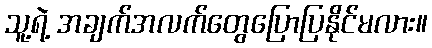
သူ့ရဲ့ အချက်အလက်တွေပြောပြနိုင်မလား။